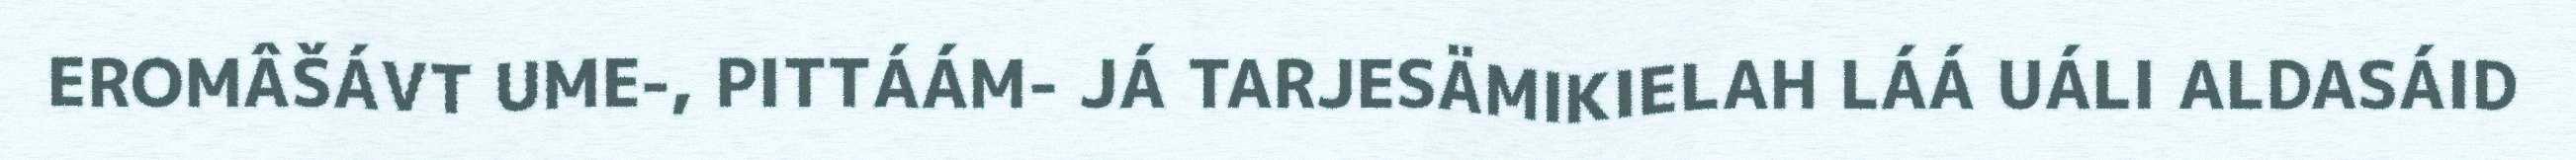
EROMÂŠÁVT UME-, PITTÁÁM- JÁ TARJESÄMIKIELAH LÁÁ UÁLI ALDASÁID